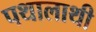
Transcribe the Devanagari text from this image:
पथालाथी